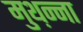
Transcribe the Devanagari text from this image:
मुथ़न्ना